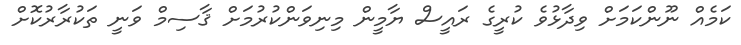
ކަމެއް ނޫންކަމަށް ވިދާޅުވެ ކުރީގެ ރައީސް ޔާމީން މިނިވަންކުރުމަށް ޤާސިމް ވަނީ ތަކުރާރުކޮށް